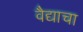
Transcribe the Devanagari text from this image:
वैद्याचा